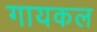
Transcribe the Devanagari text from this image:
गायकल